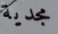
مجدية